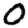
Digit: 0